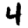
Digit: 4